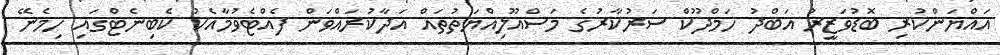
އައްޔަންކުރި ބޮޑުވަޒީރު އަބްދު ހަމްދޫކް ސަރުކާރުގެ މަސްއޫލިއްޔަތުތައް އަދާކުރައްވަން ފެއްޓެވުމާއެކު ކެބިނެޓްގައި ހިމެނޭ